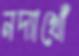
নদ্যাখোঁ